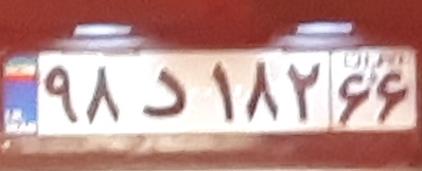
۹۸د۱۸۲۶۶